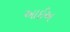
આઈઅ